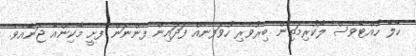
ހޭލާ ހުއްޓާވެސް ލޯކުރިމަތިން ބިރުވެރި ހުވަފެނެއް ފަދައިން ފެންނަން ފެށީ މާކިންއާ ޖަނާއެވެ.